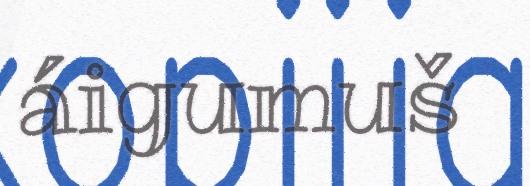
áigumuš